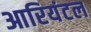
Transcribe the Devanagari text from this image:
आरियंटल